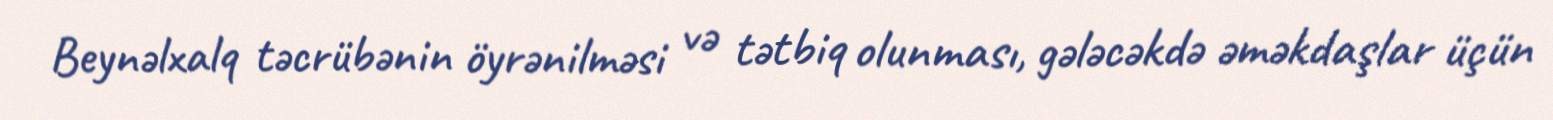
Beynəlxalq təcrübənin öyrənilməsi və tətbiq olunması, gələcəkdə əməkdaşlar üçün